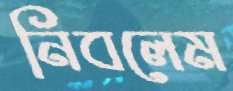
নিবলেম